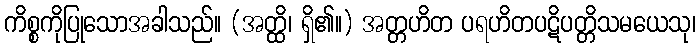
ကိစ္စကိုပြုသောအခါသည်။ (အတ္ထိ၊ ရှိ၏။) အတ္တဟိတ ပရဟိတပဋိပတ္တိသမယေသု၊